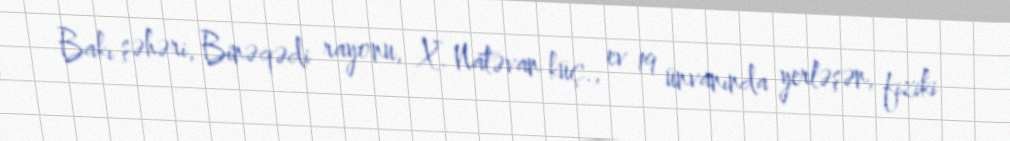
Bakı şəhəri, Binəqədi rayonu, X. Natəvan küç., ev 19 ünvanında yerləşən, fiziki